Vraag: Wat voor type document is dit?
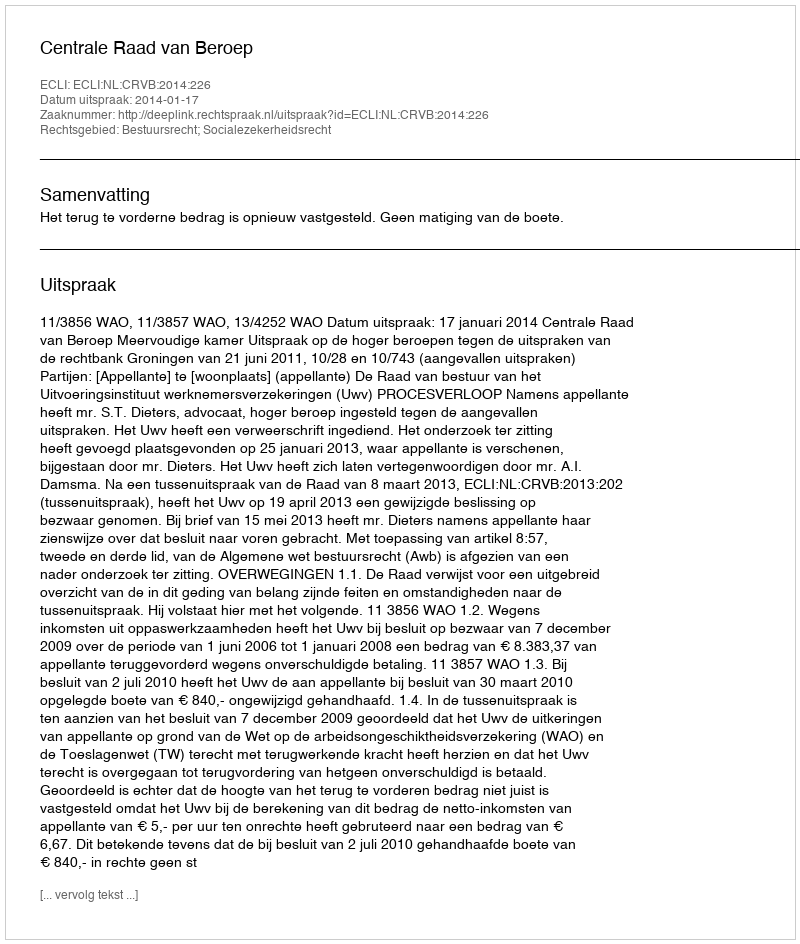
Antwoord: Uitspraak